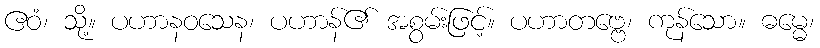
ဧဝံ၊ သို့။ ပဟာနဝသေန၊ ပဟာန်၏ အစွမ်းဖြင့်။ ပဟာတဗ္ဗေ၊ ကုန်သော။ ဓမ္မေ၊